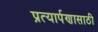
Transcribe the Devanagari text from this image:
प्रत्यार्पणासाठी